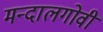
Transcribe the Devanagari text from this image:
मन्दालगोवी